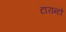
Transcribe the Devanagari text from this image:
टारान्टो